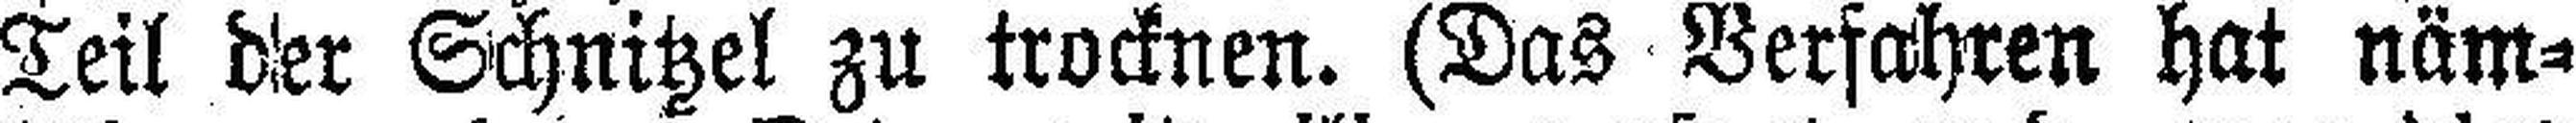
Teil der Schnitzel zu trocknen. (Das Verfahren hat näm¬